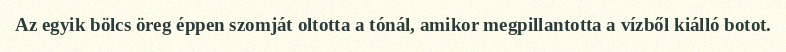
Az egyik bölcs öreg éppen szomját oltotta a tónál, amikor megpillantotta a vízből kiálló botot.